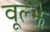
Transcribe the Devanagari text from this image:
वूल्झे